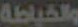
والخياطة